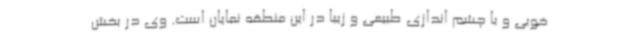
خوبی و با چشم اندازی طبیعی و زیبا در این منطقه نمایان است. وی در بخش